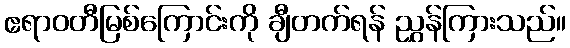
ဧရာဝတီမြစ်ကြောင်းကို ချီတက်ရန် ညွှန်ကြားသည်။